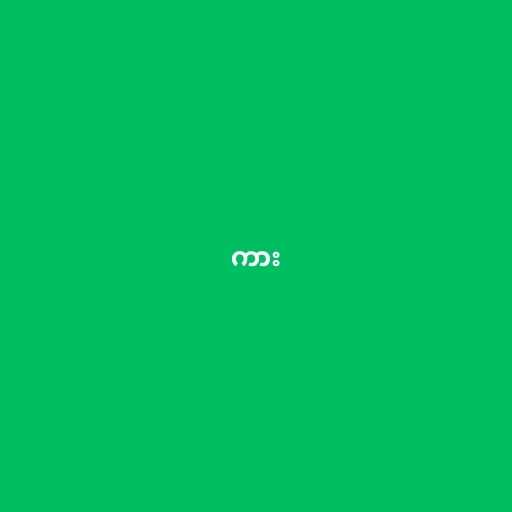
ကား